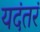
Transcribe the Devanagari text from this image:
यदंतरं